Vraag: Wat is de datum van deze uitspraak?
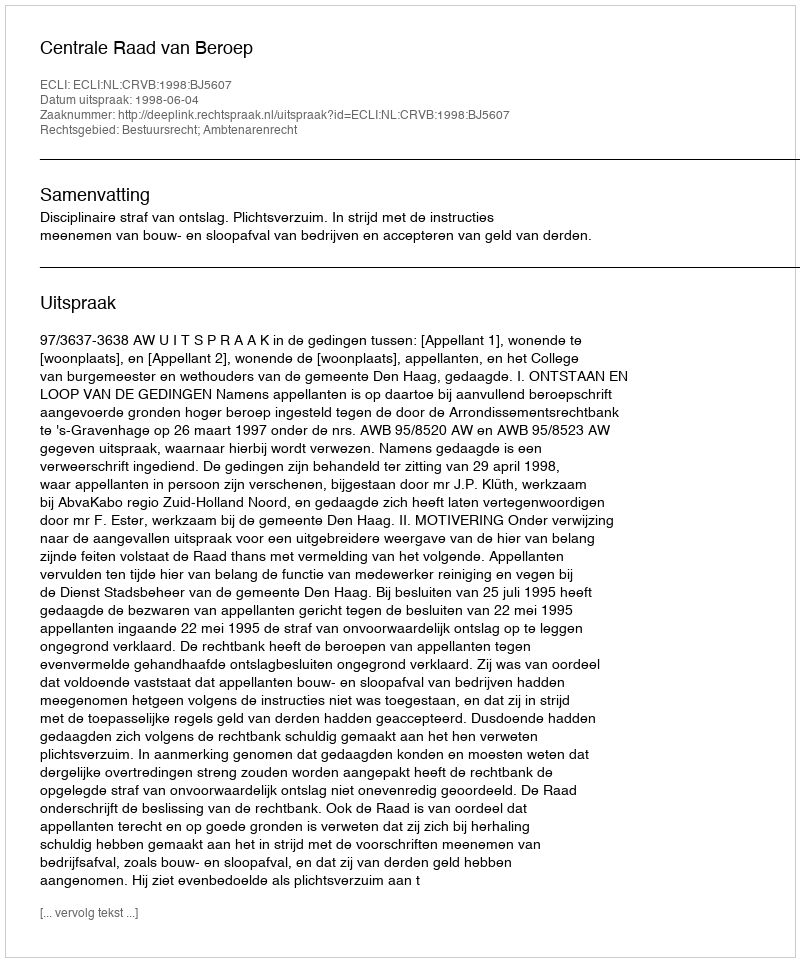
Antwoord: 1998-06-04